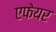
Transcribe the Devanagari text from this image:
एफेयर